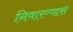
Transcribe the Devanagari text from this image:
निवारण्यास